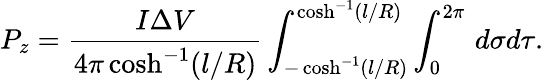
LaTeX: P_{z}=\frac{I\Delta V}{4\pi\cosh^{-1}(l/R)}\int_{-\cosh^{-1}(l/R)}^{\cosh^{-1}(l/R)}\int_{0}^{2\pi}\, d\sigma d\tau.